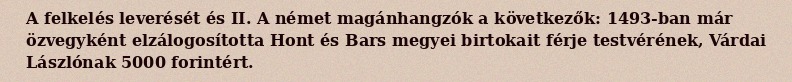
A felkelés leverését és II. A német magánhangzók a következők: 1493-ban már özvegyként elzálogosította Hont és Bars megyei birtokait férje testvérének, Várdai Lászlónak 5000 forintért.